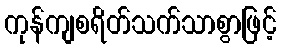
ကုန်ကျစရိတ်သက်သာစွာဖြင့်